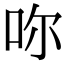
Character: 𠰚